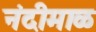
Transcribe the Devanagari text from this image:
नंदीमाळ